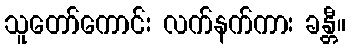
သူတော်ကောင်း လက်နက်ကား ခန္တီ။